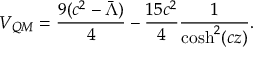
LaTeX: V _ { Q M } = \frac { 9 ( c ^ { 2 } - \bar { \Lambda } ) } { 4 } - \frac { 1 5 c ^ { 2 } } { 4 } \frac { 1 } { \cosh ^ { 2 } ( c z ) } .